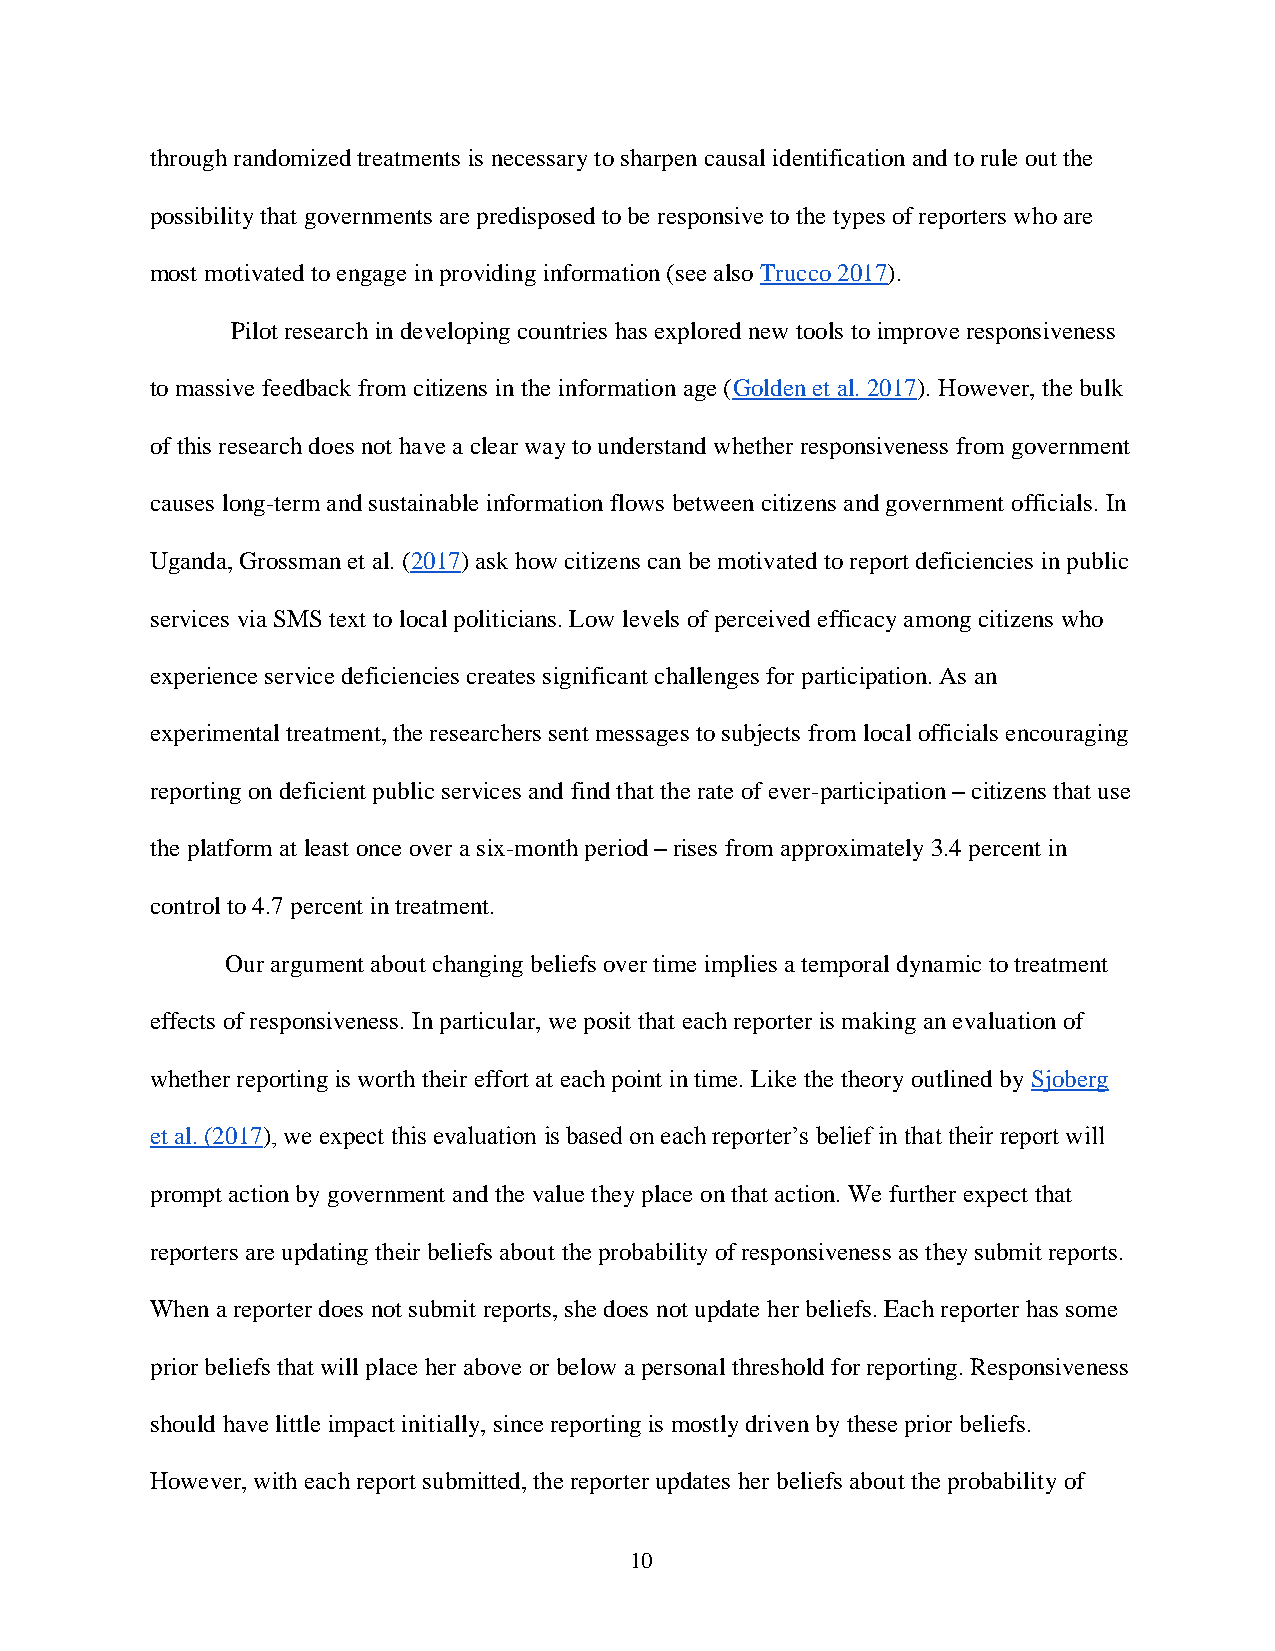
through randomized treatments is necessary to sharpen causal identification and to rule out the
 possibility that governments are predisposed to be responsive to the types of reporters who are
 most motivated to engage in providing information (see also Trucco 2017).
 Pilot research in developing countries has explored new tools to improve responsiveness
 to massive feedback from citizens in the information age (Golden et al. 2017). However, the bulk
 of this research does not have a clear way to understand whether responsiveness from government
 causes long-term and sustainable information flows between citizens and government officials. In
 Uganda, Grossman et al. (2017) ask how citizens can be motivated to report deficiencies in public
 services via SMS text to local politicians. Low levels of perceived efficacy among citizens who
 experience service deficiencies creates significant challenges for participation. As an
 experimental treatment, the researchers sent messages to subjects from local officials encouraging
 reporting on deficient public services and find that the rate of ever-participation – citizens that use
 the platform at least once over a six-month period – rises from approximately 3.4 percent in
 control to 4.7 percent in treatment.
 Our argument about changing beliefs over time implies a temporal dynamic to treatment
 effects of responsiveness. In particular, we posit that each reporter is making an evaluation of
 whether reporting is worth their effort at each point in time. Like the theory outlined by Sjoberg
 et al. (2017), we expect this evaluation is based on each reporter’s belief in that their report will
 prompt action by government and the value they place on that action. We further expect that
 reporters are updating their beliefs about the probability of responsiveness as they submit reports.
 When a reporter does not submit reports, she does not update her beliefs. Each reporter has some
 prior beliefs that will place her above or below a personal threshold for reporting. Responsiveness
 should have little impact initially, since reporting is mostly driven by these prior beliefs.
 However, with each report submitted, the reporter updates her beliefs about the probability of
 10